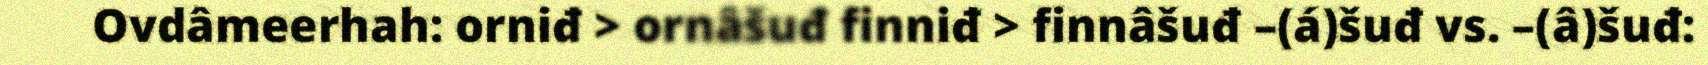
Ovdâmeerhah: orniđ > ornâšuđ finniđ > finnâšuđ –(á)šuđ vs. –(â)šuđ: